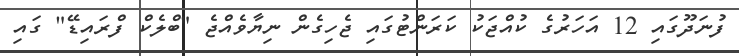
ފުނަދޫގައި 12 އަހަރުގެ ކުއްޖަކު ކަރަންޓުގައި ޖެހިގެން ނިޔާވެއްޖެ "ބްލެކް ފްރައިޑޭ" ގައި